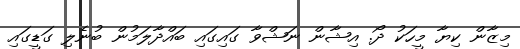
މިޒާން ކިޔާ މީހަކު ދޯ. އިޝާން ނަޝްވާ ގައިގައި ބައްދާލަމުން ބުނެލި ގަޑީގައި